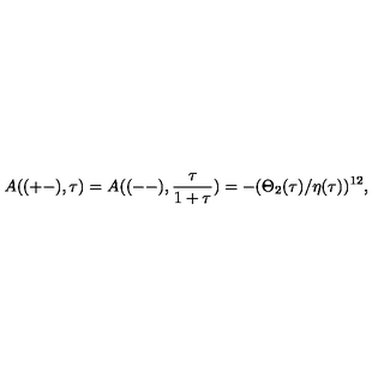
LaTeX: A ( ( + - ) , \tau ) = A ( ( -- ) , \frac { \tau } { 1 + \tau } ) = - ( \Theta _ { 2 } ( \tau ) / \eta ( \tau ) ) ^ { 1 2 } ,